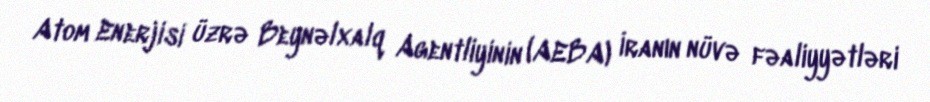
Atom Enerjisi üzrə Beynəlxalq Agentliyinin (AEBA) İranın nüvə fəaliyyətləri